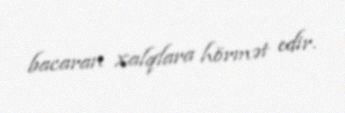
bacaran xalqlara hörmət edir.